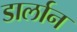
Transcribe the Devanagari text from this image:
डार्लान